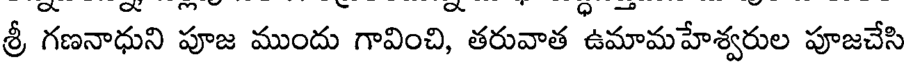
శ్రీ గణనాధుని పూజ ముందు గావించి, తరువాత ఉమామహేశ్వరుల పూజచేసి